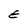
Character: E